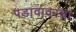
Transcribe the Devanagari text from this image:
पडावावरचा